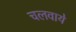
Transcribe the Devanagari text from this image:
चलवाये